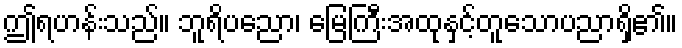
ဤရဟန်းသည်။ ဘူရိပညော၊ မြေကြီးအထုနှင့်တူသောပညာရှိ၏။